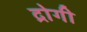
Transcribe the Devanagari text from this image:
द्रोगी